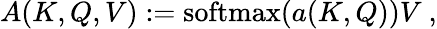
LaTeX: A(K,Q,V):=\mathrm{softmax}(a(K,Q))V~,